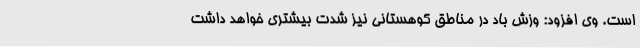
است. وی افزود: وزش باد در مناطق کوهستانی نیز شدت بیشتری خواهد داشت